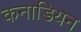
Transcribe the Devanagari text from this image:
कनाडियन